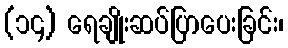
(၁၄) ရေချိုးဆပ်ပြာပေးခြင်း၊